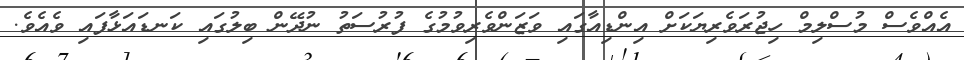
އެއްވެސް މުސްލިމް ހިޖުރަވެރިޔަކަށް އިންޑިއާގައި ވަޒަންވެރިވުމުގެ ފުރުސަތު ނުދޭން ބިލުގައި ކަނޑައަޅާފައި ވެއެވެ.